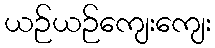
ယဉ်ယဉ်ကျေးကျေး